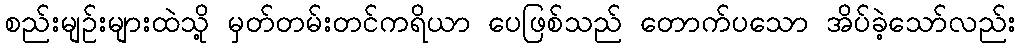
စည်းမျဉ်းများထဲသို့ မှတ်တမ်းတင်ကရိယာ ပေဖြစ်သည် တောက်ပသော အိပ်ခဲ့သော်လည်း